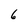
Character: 6